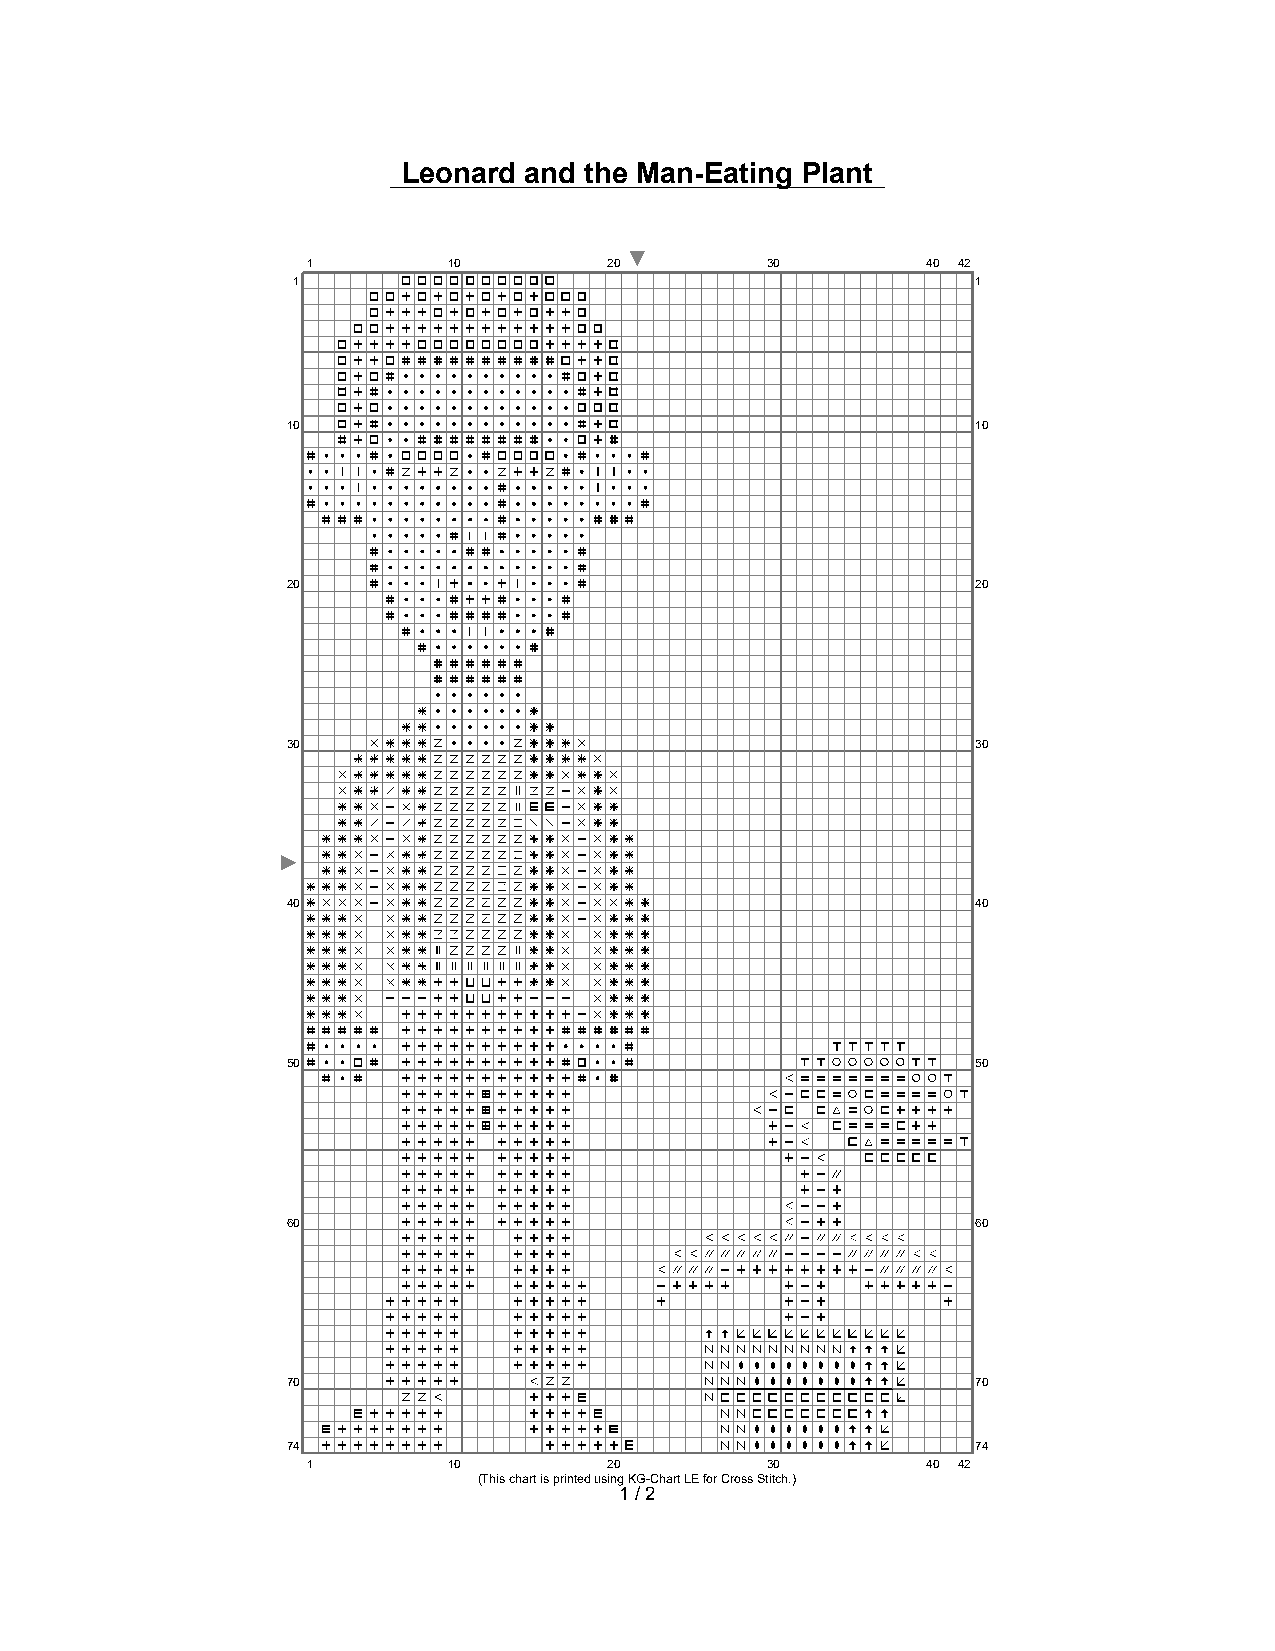
Leonard and the Man-Eating Plant
 1         10        20         30        40 42
 1                                             1
 10                                            10
 20                                            20
 30                                            30
 40                                            40
 50                                            50
 60                                            60
 70                                            70
 74                                            74
 1         10        20         30        40 42
 (This chart is printed using KG-Chart LE for Cross Stitch.)
 1 / 2